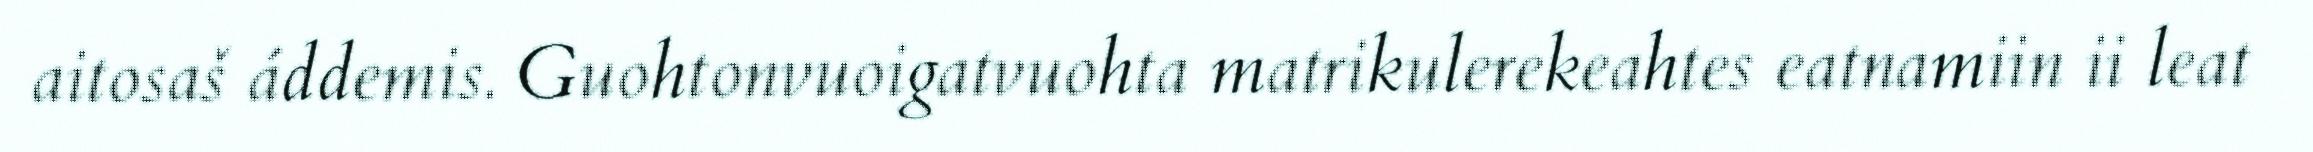
aitosaš áddemis. Guohtonvuoigatvuohta matrikulerekeahtes eatnamiin ii leat